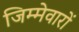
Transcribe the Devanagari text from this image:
जिम्मेवारों